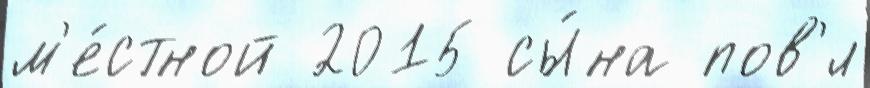
м'е́стной 2015 сы́на пов'́л